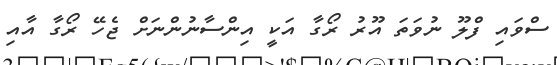
ސްވައި ފްލޫ ނުވަތަ އޫރު ރޯގާ އަކީ އިންސާނުންނަށް ޖެހޭ ރޯގާ އާއި